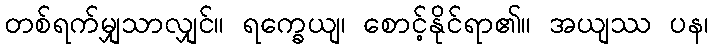
တစ်ရက်မျှသာလျှင်။ ရက္ခေယျ၊ စောင့်နိုင်ရာ၏။ အယျဿ ပန၊